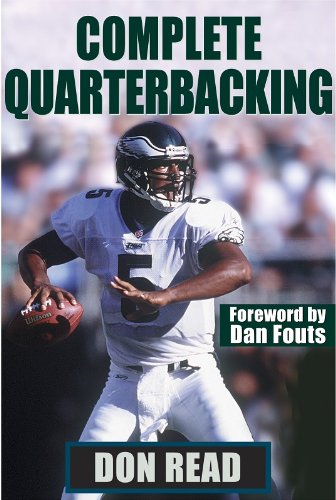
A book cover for Complete Quarterbacking; Don Read; Sports & Outdoors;